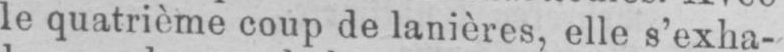
le quatrième coup de lanières, elle s’exha-